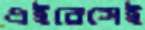
এইরেসেই